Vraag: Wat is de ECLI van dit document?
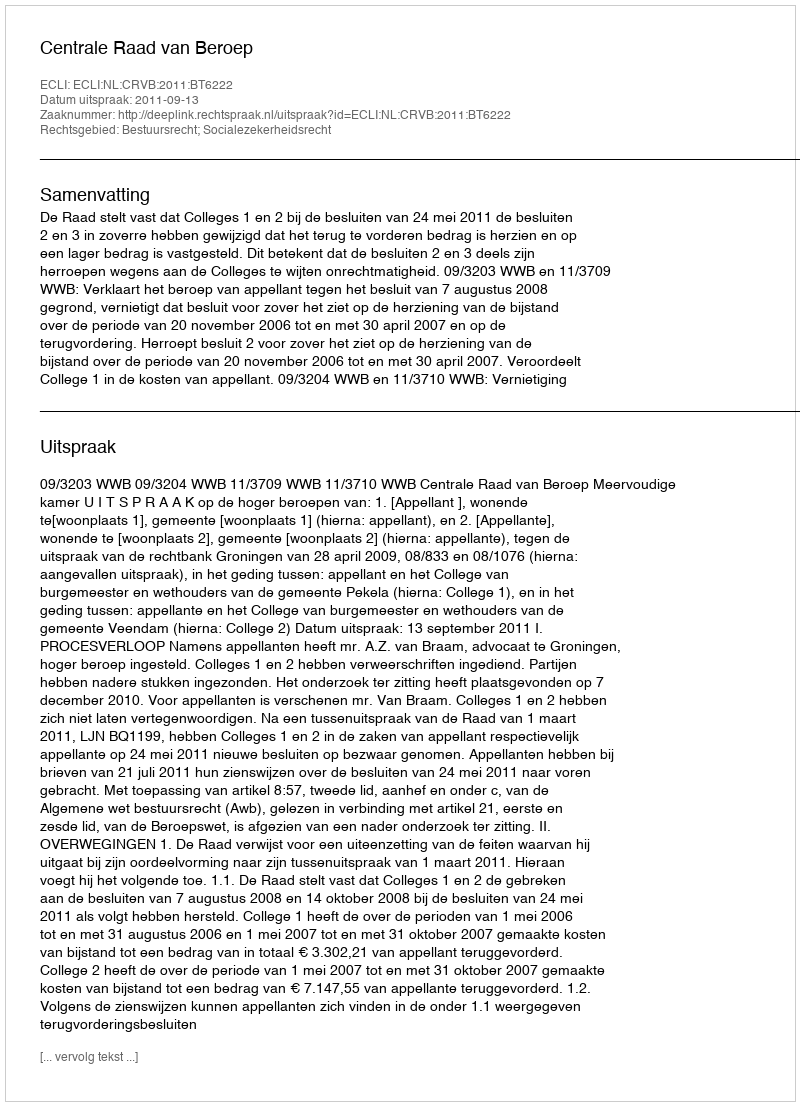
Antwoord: ECLI:NL:CRVB:2011:BT6222